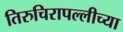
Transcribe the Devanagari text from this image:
तिरुचिरापल्लीच्या